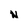
Character: N